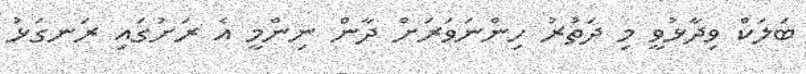
ބަލަކް ވިދާޅުވީ މި ދަތުރު ހިންނަވަރަށް ދާން ނިންމީ އެ ރަށުގައި ރަނގަޅު